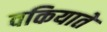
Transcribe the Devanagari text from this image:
वकियाते